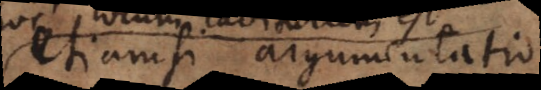
etiamsi argumentatio